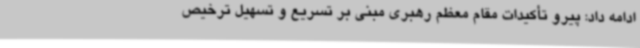
ادامه داد: پیرو تأکیدات مقام معظم رهبری مبنی بر تسریع و تسهیل ترخیص